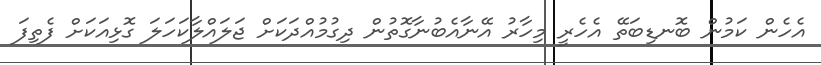
އެހެން ކަމުން ބޮނޑިބަތޭ އެހެރީ މިހާރު އޭނާއެބުނާގޮތުން ދިގުމުއްދަކަށް ޖަލައްލާކަހަލަ ގޮޅިއަކަށް ފެތިފަ